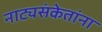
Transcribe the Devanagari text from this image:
नाट्यसंकेतांना